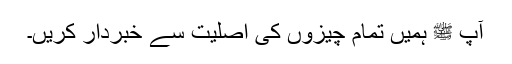
آپ ﷺ ہمیں تمام چیزوں کی اصلیت سے خبردار کریں۔